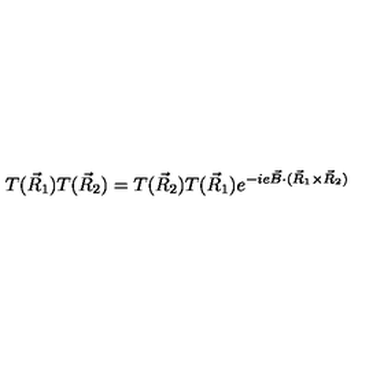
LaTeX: T ( \vec { R } _ { 1 } ) T ( \vec { R } _ { 2 } ) = T ( \vec { R } _ { 2 } ) T ( \vec { R } _ { 1 } ) e ^ { - i e \vec { B } \cdot ( \vec { R } _ { 1 } \times \vec { R } _ { 2 } ) }